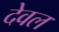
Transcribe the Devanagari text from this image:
देवल